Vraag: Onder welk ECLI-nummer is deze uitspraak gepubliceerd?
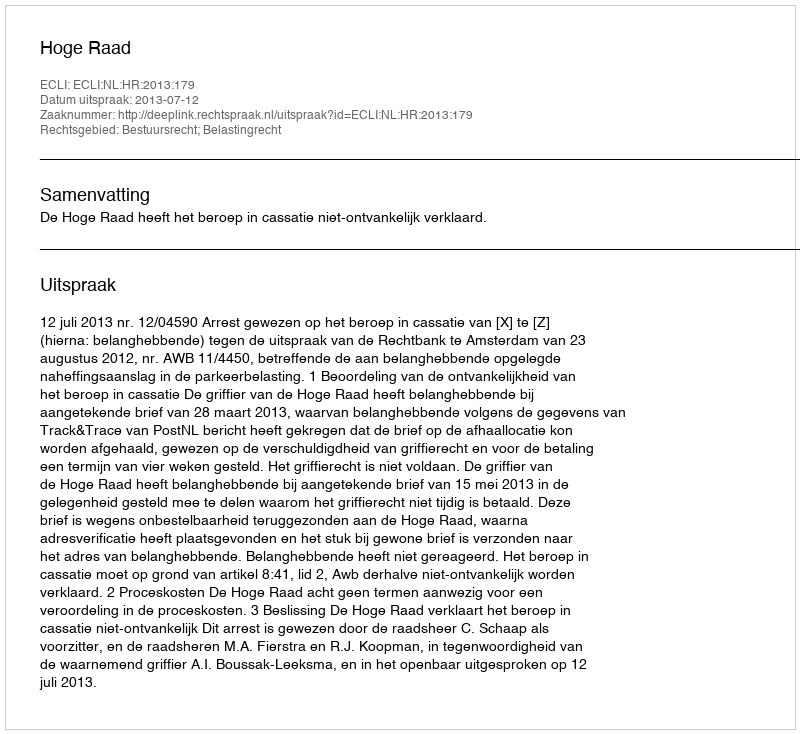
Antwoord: ECLI:NL:HR:2013:179